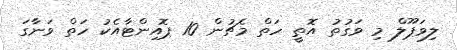
ލިވަޕޫލް މި ވަގުތު އޮތީ ހަތް މެޗުން 10 ޕޮއިންޓާއެކު ހަތް ވަނާގަ